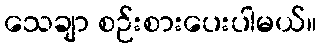
သေချာ စဉ်းစားပေးပါမယ်။